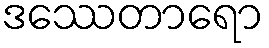
ဒဿေတာရော